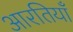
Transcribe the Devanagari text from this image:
आरतियाँ